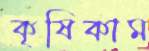
কৃষিকাম